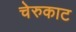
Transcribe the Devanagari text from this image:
चेरुकाट